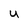
Character: u